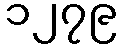
၁၂၇၉